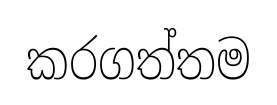
කරගත්තම